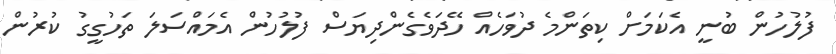
ފުލުހުން ބުނީ އެކަމަށް ކިތަންމެ ދުވަހެއް ހޭދަވެގެންދިޔަސް ފުލުހުން އެމައްސަލަ ތަހުގީގު ކުރުން